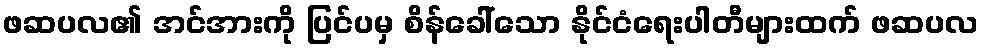
ဖဆပလ၏ အင်အားကို ပြင်ပမှ စိန်ခေါ်သော နိုင်ငံရေးပါတီများထက် ဖဆပလ